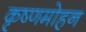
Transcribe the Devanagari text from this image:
कृष्णमोहन